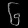
Digit: ၆